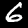
Label: 6